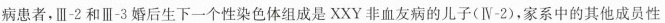
病患者，Ⅲ-2和Ⅲ-3婚后生下一个性染色体组成是XXY非血友病的儿子(Ⅳ-2)，家系中的其他成员性